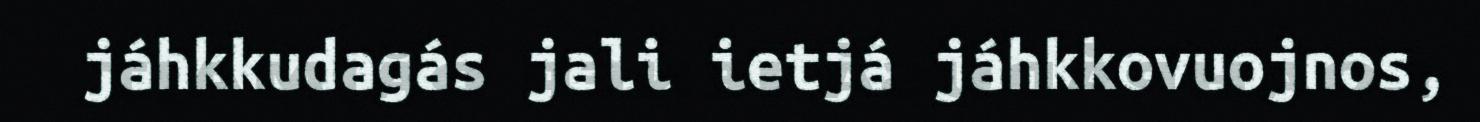
jáhkkudagás jali ietjá jáhkkovuojnos,